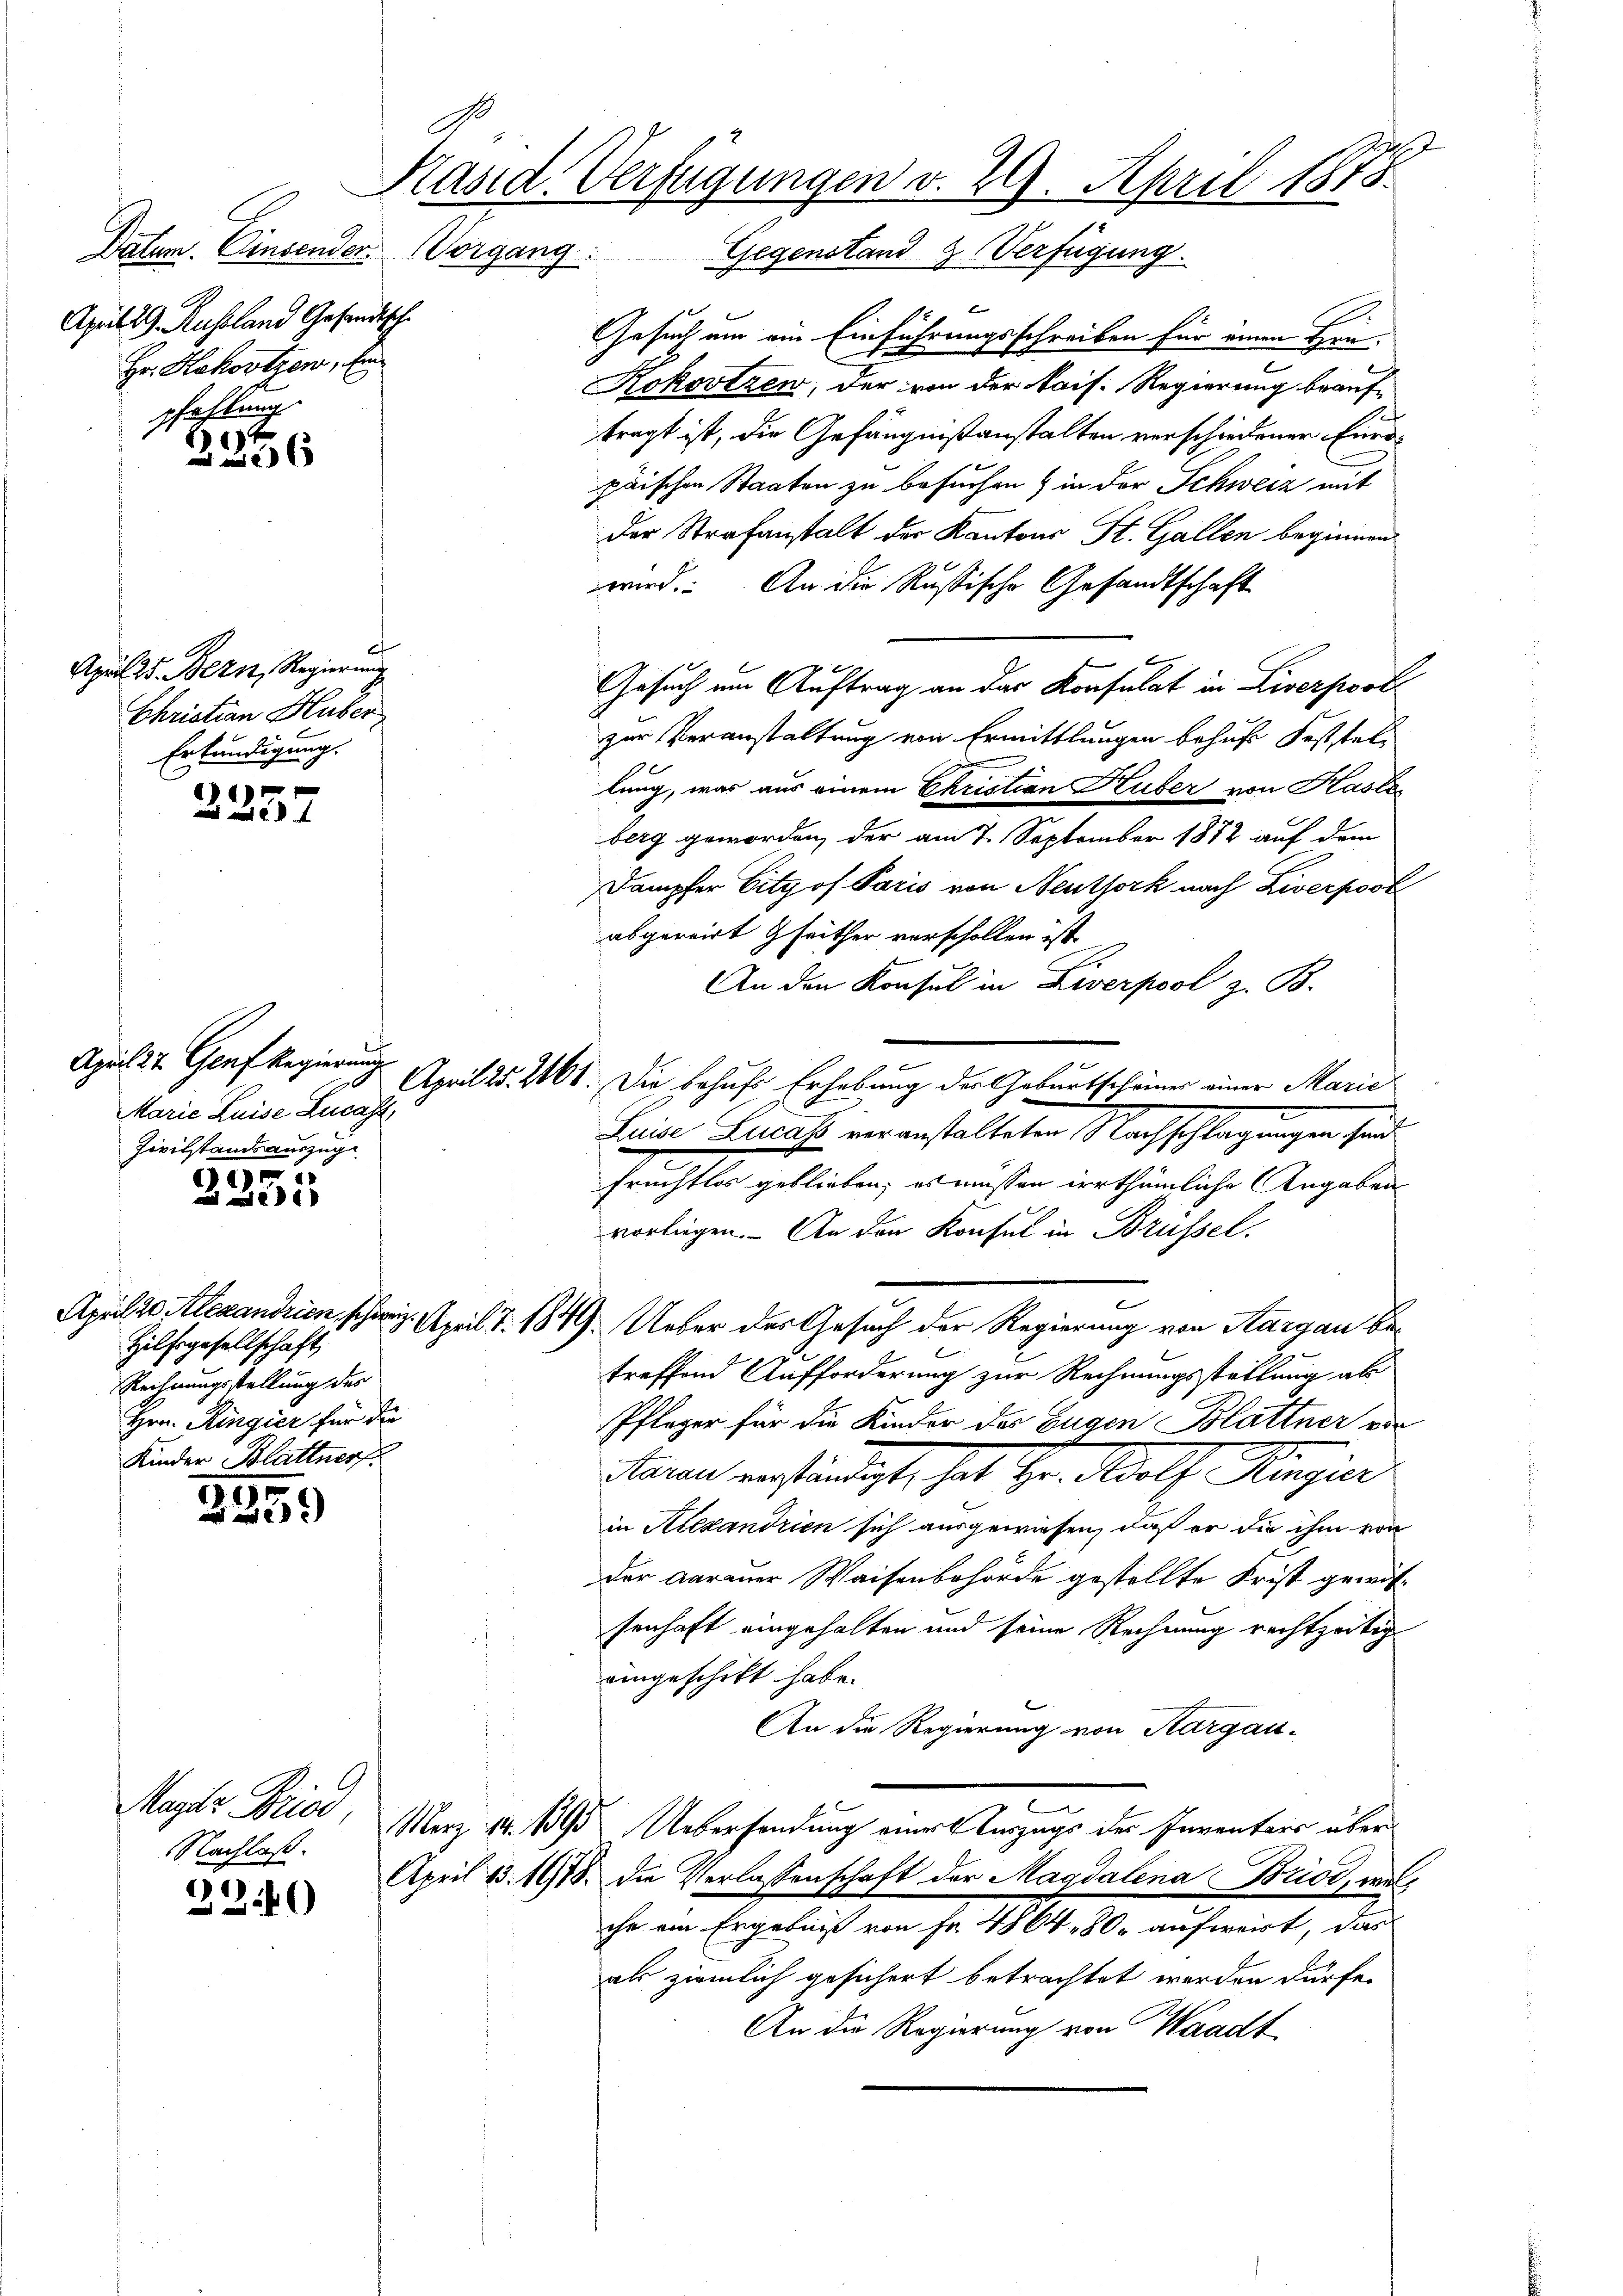
Datum. Einsender. Vorgang
April 29. Russland Gesandtsche
Hr. Kakortzen, E
pfahlung

2
2236

C
April es. Bern, Regierung
Christian Huber,
Erkundigung.

4
 mit

April St. Genf Regierung
Marie Luise Lucass
Zivilstandsauszuge

e
.

Hilfsgesellschaft
Rechnungsstellung des
Hrn. Ringier für die
Kinder Blattner

3959

Kasid. Verfügungen v. 29. April 1873.
Gegenstand 2. Verfügung.

f
.
Gesuch um ein Einführungsschreiben für einen Hrn.
Kokovtzen, der von der kais. Regierung beauftragt ist, die Gefängnißanstalten verschiedener Eidpaischen Staaten zu besuchen & in der Schweiz mit
der Strafanstalt der Kantons St. Gallen beginnen
wird. An die Rußische Gesandtschaft
Gesuch um Auftrag an das Konsulat in Liverpost
zur Veranstaltung von Ermittlungen behufs Feststellung, was aus einem Christian Huber von Kastes
berg geworden, der am 7. September 1872 auf dem
Dampfer City of Paris von Neuthork nach Liverpost
abgereit seither vorschollen ist
An den Konsul in Liverpool z. B.
April 25. 268. Die behufs Erhebung der Geburtscheiner einer Marie
Leine Lucass veranstalteten Nachschlagungen sind
früchtlos geblieben; es müssen irrthümliche Angaben
vorliegen. An den Konsul in Brüssel.
April 20 Alexandrien, schweiz. April 7. 1849. Ueber des Gesuch der Regierung von Aargau betreffend Aufforderung zur Rechnungsstellung ab
Pfleger für die Kinder der Eugen Blättner von
aren verständigt, hat Hr. Polh. Ringier
in Riexandrien sich ausgewiesen, daß er die ihm von
der Aarauer Waisenbehörde gestellte Frist gewissenhaft eingehalten und seine Rechnung rechtzeitig
eingeschikt habe.
An die Regierung von Aargau-
Magaz Fried, Merz 18. 1895 Uebersendung einer Auszugs der Inventars über
April 13. 1918. die Verlassenschaft der Magdalena Brisi, welche ein Ergebniß von Fr. 4864, 80. aufweist, das
als ziemlich gesichert betrachtet werden dürfe.
An die Regierung von Waadt

Nachlaß.
2246